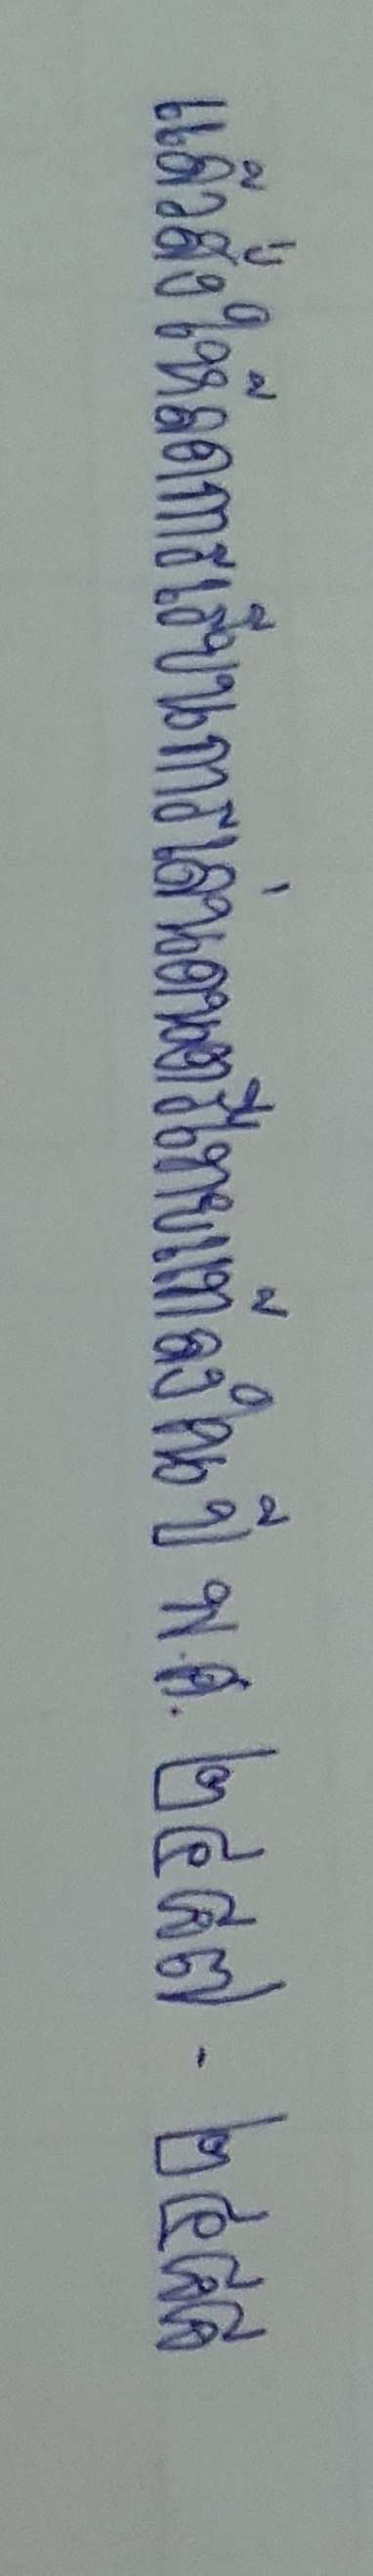
แล้วสั่งให้ลดการเรียนการเล่นดนตรีไทยแท้ลงในปีพ.ศ.๒๔๘๗-๒๔๘๘